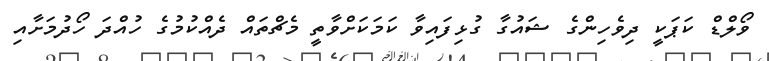
ވޯލްޑް ކަޕަކީ ދިވެހިންގެ ޝައުގާ ގުޅިފައިވާ ކަމަކަށްވާތީ މެޗްތައް ދެއްކުމުގެ ހުއްދަ ހޯދުމަށާއި